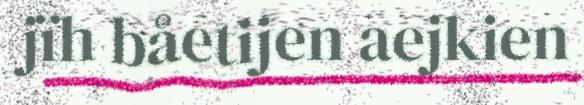
jïh båetijen aejkien